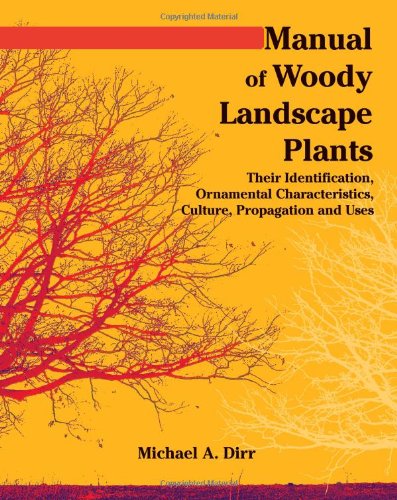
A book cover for Manual of Woody Landscape Plants: Their Identification, Ornamental Characteristics, Culture, Propogation and Uses; Michael A. Dirr; Crafts, Hobbies & Home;